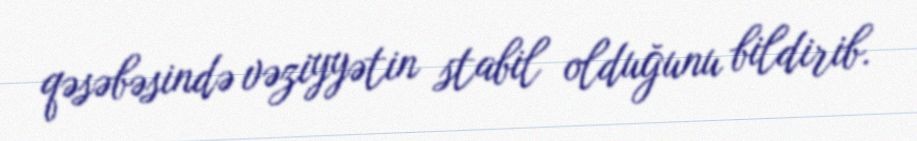
qəsəbəsində vəziyyətin stabil olduğunu bildirib.